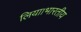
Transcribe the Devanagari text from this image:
लिया।भारतीय